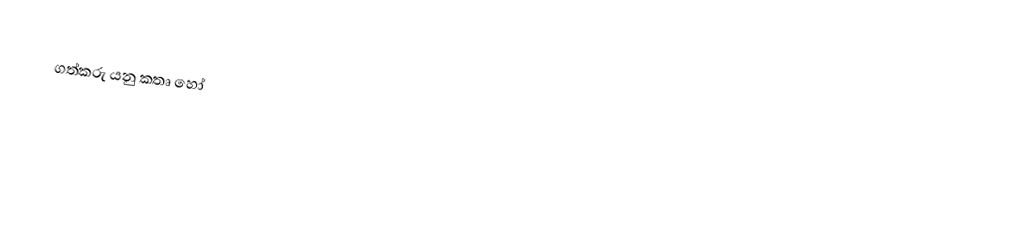
ගත්කරු යනු කතෘ හෝ